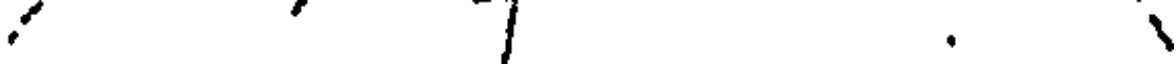
. .